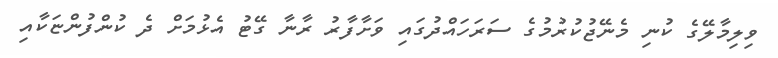
ވިލިމާލޭގެ ކުނި މެނޭޖުކުރުމުގެ ސަރަހައްދުގައި ވަށާފާރު ރާނާ ގޭޓު އެޅުމަށް ދެ ކުންފުންޏަކާއި